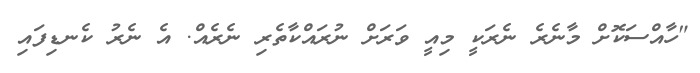
"ހާއްސަކޮށް މާނެރެ ނެރަކީ މިއީ ވަރަށް ނުރައްކާތެރި ނެރެއް. އެ ނެރު ކެނޑިފައި